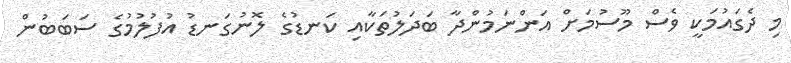
މި ދެގައުމަކީ ވެސް މޫސުމަށް އަންނަމުންދާ ބަދަލުތަކާއި ކަނޑުގެ ލޮނުގަނޑު އުފުލުމުގެ ސަބަބުން